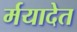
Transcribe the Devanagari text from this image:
र्मयादेत